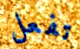
تفعل